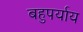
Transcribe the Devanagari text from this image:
बहुपर्याय